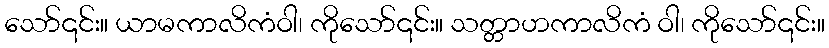
သော်၎င်း။ ယာမကာလိကံဝါ၊ ကိုသော်၎င်း။ သတ္တာဟကာလိကံ ဝါ၊ ကိုသော်၎င်း။